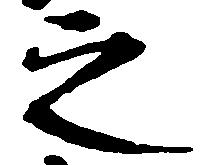
之